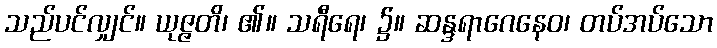
သည်ပင်လျှင်။ ယုဇ္ဇတိ၊ ၏။ သရီရေ၊ ၌။ ဆန္ဒရာဂေနေဝ၊ တပ်အပ်သော